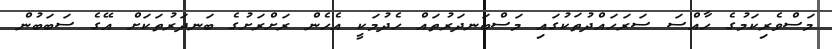
މަސްވެރިކަމުގެ ހާއްސަ ސަރަހައްދުތަކުގައި މަސްބަނދަރުތައް ހެދުމަކީ އެހެން ރަށްރަށުގެ ބަނދަރުތަކަށް އޭގެ ސަބަބުން